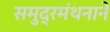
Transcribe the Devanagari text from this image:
समुद्रमंथनाने